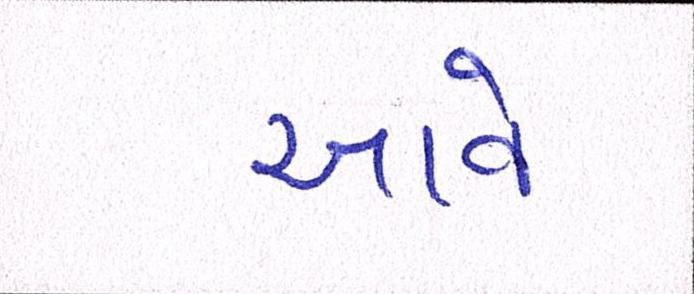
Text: આવેઃ